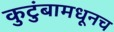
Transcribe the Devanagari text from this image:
कुटुंबामधूनच